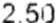
2.50